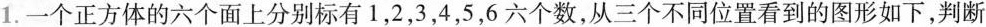
1.一个正方体的六个面上分别标有1，2，3，4，5，6六个数，从三个不同位置看到的图形如下，判断